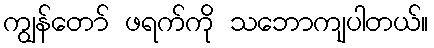
ကျွန်တော် ဖရက်ကို သဘောကျပါတယ်။